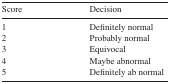
<table><thead><tr><td><b>Score</b></td><td><b>Decision</b></td></tr></thead><tbody><tr><td>1</td><td>Definitely normal</td></tr><tr><td>2</td><td>Probably normal</td></tr><tr><td>3</td><td>Equivocal</td></tr><tr><td>4</td><td>Maybe abnormal</td></tr><tr><td>5</td><td>Definitely ab normal</td></tr></tbody></table>